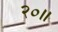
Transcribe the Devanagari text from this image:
२०॥